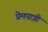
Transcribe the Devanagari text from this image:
प्रेमपात्री